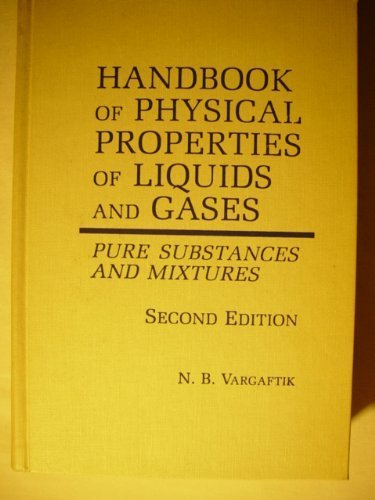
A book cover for Handbook of Physical Properties of Liquids and Gases; N. B. Vargaftik & Yuri K. Vinog; Science & Math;